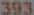
393